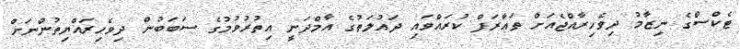
ޓެކްސްގެ ނިޒާމު ދިވެހިރާއްޖެއަށް ތަޢާރަފް ކުރައްވައި ދައުލަތުގެ އާމްދަނީ އިތުރުވުމުގެ ސަބަބުން ދިވެހިރައްޔިތުންނަށް